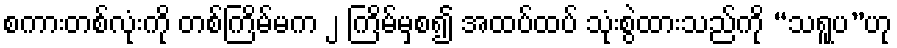
စကားတစ်လုံးကို တစ်ကြိမ်မက ၂ ကြိမ်မှစ၍ အထပ်ထပ် သုံးစွဲထားသည်ကို “သရူပ”ဟု